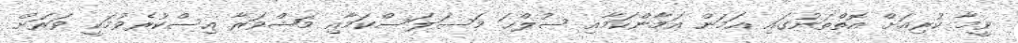
ވީމާ ކުރިއަށް އޮތްތަނުގައި އަމަން އަމާންކަމާއި ސުލްޙަ މަސަލަސްކަމާއި މަޝްވަރާ އިސްކުރެވުމަކީ ވަރަށް